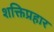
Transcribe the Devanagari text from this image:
शक्तिप्रहार